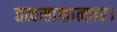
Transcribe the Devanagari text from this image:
तत्वसाक्षात्कार।